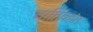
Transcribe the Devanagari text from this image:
वार्तिकांत